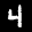
Label: 4